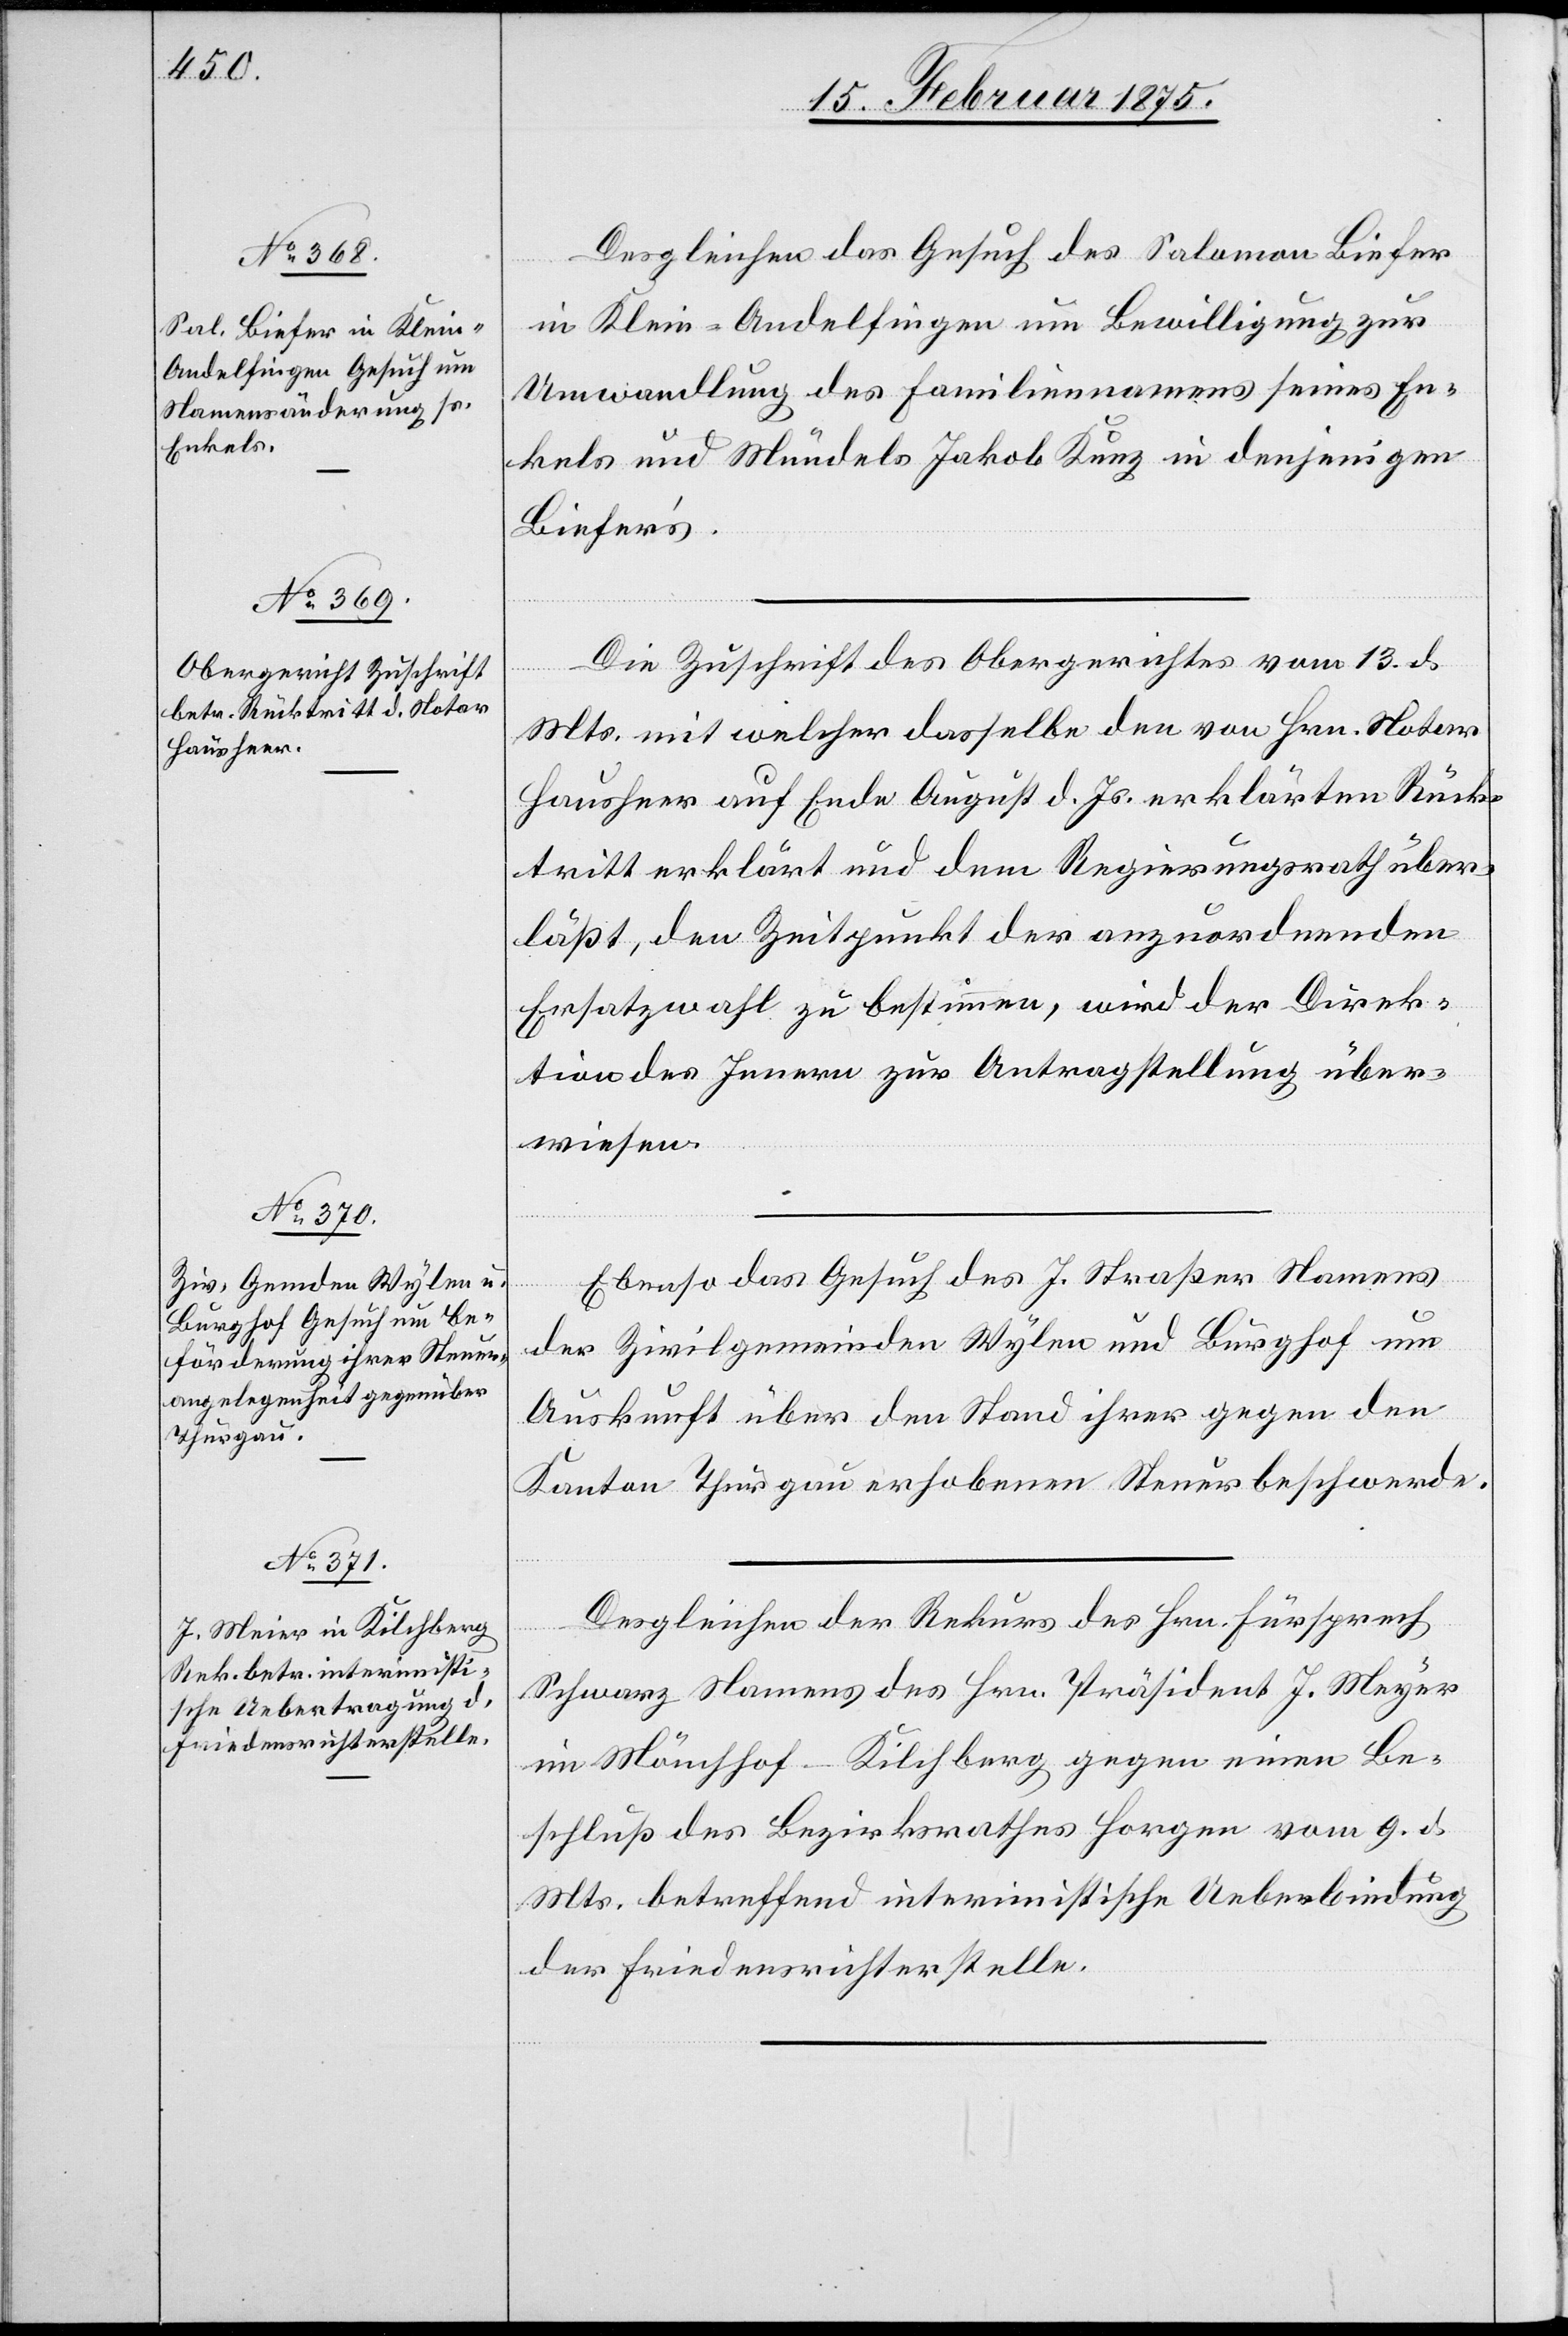
15. Februar 1875.]
Desgleichen das Gesuch des Salomon Biefer
in Klein-Andelfingen um Bewilligung zur
Umwandlung des Familiennamens seines En¬
kels und Mündels Jakob Kunz in denjenigen
Biefer’s.
Die Zuschrift des Obergerichtes vom 13. d.
Mts. mit welcher dasselbe den von Hrn. Notar
Hausheer auf Ende August d. Js. erklärten Rück¬
tritt erklärt und dem Regierungsrath über¬
läßt, den Zeitpunkt der anzuordnenden
Ersatzwahl zu bestimmen, wird der Direk¬
tion des Innern zur Antragstellung über¬
wiesen.
Ebenso das Gesuch des J. Straßer Namens
der Zivilgemeinden Wylen und Burghof um
Auskunft über den Stand ihrer gegen den
Kanton Thurgau erhobenen Steuerbeschwerde.
Desgleichen der Rekurs des Hrn. Fürsprech
Schwarz Namens des Hrn. Präsident J. Meyer
im Mönchhof - Kilchberg gegen einen Be¬
schluß des Bezirksrathes Horgen vom 9. d.
Mts. betreffend interimistische Ueberbindung
der Friedensrichterstelle.